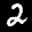
Label: 2